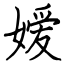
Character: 嫒